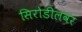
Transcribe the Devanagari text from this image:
सिरोडीलवर